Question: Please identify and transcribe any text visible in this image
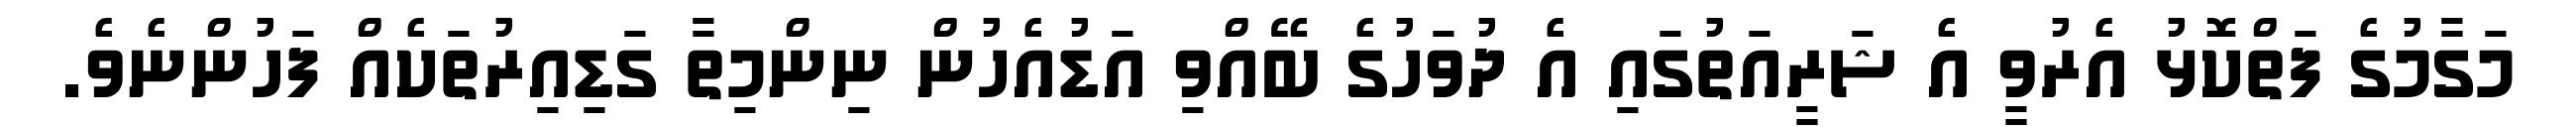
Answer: މަގާމުގެ ފަތްކޮޅު އެރުވީ އެ ޝަރީއަތުގައި އެ ދުވަހުގެ ބޭއްވި އަޑުއެހުން ނިންމިތާ ގަޑިއިރުތަކެއް ފަހުންނެވެ.